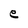
Character: e